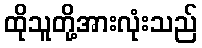
ထိုသူတို့အားလုံးသည်